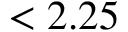
< 2 . 2 5